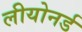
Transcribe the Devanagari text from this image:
लीयोनर्ड